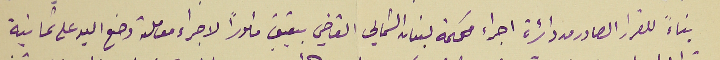
بناءً للقرار الصادر من دائرة اجراء محكمة لبنان الشمالي القاضي بتعيني مأموراً لاجراء معاملة وضع اليد على ثمانية